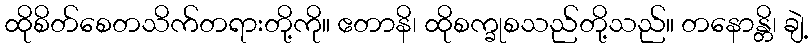
ထိုစိတ်စေတသိက်တရားတို့ကို။ ဧတာနိ၊ ထိုစက္ခုစသည်တို့သည်။ တနောန္တိ၊ ချဲ့